Indian Medical Review
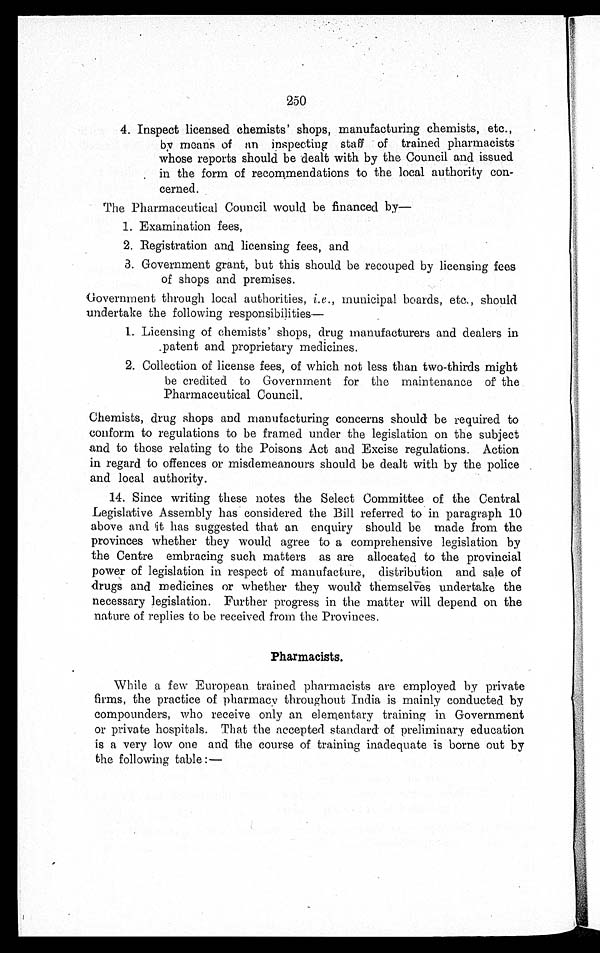
250
4. Inspect licensed chemists' shops, manufacturing chemists, etc.,
by means of an inspecting staff of trained pharmacist
whose reports should be dealt with by the Council and issued
in the form of recommendations to the local authority con
-
cerned.
The Pharmaceutical Council would be financed by
—
1. Examination fees,
2. Registration and licensing fees, and
3. Government grant, but this should be recouped by licensing fees
of shops and premises.
Government through local authorities, i.e ., municipal boards, etc., should
undertake the following responsibilities
—
1. Licensing of chemists' shops, drug manufacturers and dealers in
patent and proprietary medicines.
2. Collection of license fees, of which not less than two-thirds might
be credited to Government for the maintenance of th
e
Pharmaceutical Council.
Chemists, drug shops and manufacturing concerns should be required to
conform to regulations to be framed under the legislation on the subject
and to those relating to the Poisons Act and Excise regulations. Action
in regard to offences or misdemeanours should be dealt with by the police
and local authority.
14. Since writing these notes the Select Committee of the Central
Legislative Assembly has considered the Bill referred to in paragraph 10
above and it has suggested that an enquiry should be made from the
provinces whether they would agree to a comprehensive legislation by
the Centre embracing such matters as are allocated to the provincial
power of legislation in respect of manufacture, distribution and sale of
drugs and medicines or whether they would themselves undertake the
necessary legislation. Further progress in the matter will depend on the
nature of replies to be received from the Provinces.
Pharmacists.
While a few European trained pharmacists are employed by private
firms, the practice of pharmacy throughout India is mainly conducted by
compounders, who receive only an elementary training in Government
or private hospitals. That the accepted standard of preliminary education
is a very low one and the course of training inadequate is borne out by
the following table :—